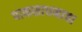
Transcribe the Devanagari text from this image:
पाकसाधनाचा